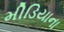
મીડિયાના